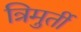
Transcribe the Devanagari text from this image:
त्रिमुर्ती